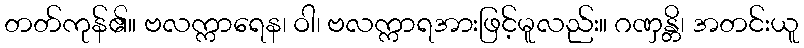
တတ်ကုန်၏။ ဗလက္ကာရေန၊ ဝါ၊ ဗလက္ကာရအားဖြင့်မူလည်း။ ဂဏှန္တိ၊ အတင်းယူ